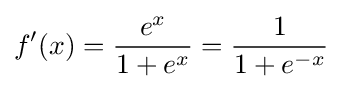
f'(x)={\frac {e^{x}}{1+e^{x}}}={\frac {1}{1+e^{-x}}}